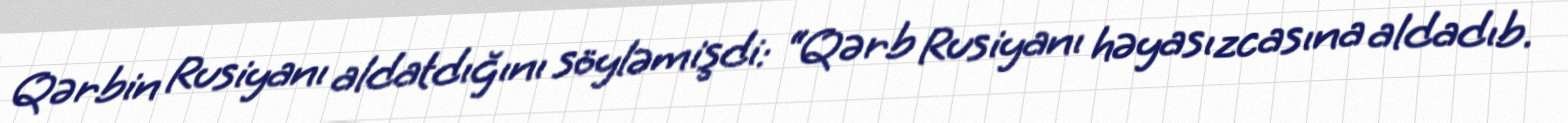
Qərbin Rusiyanı aldatdığını söyləmişdi: “Qərb Rusiyanı həyasızcasına aldadıb.